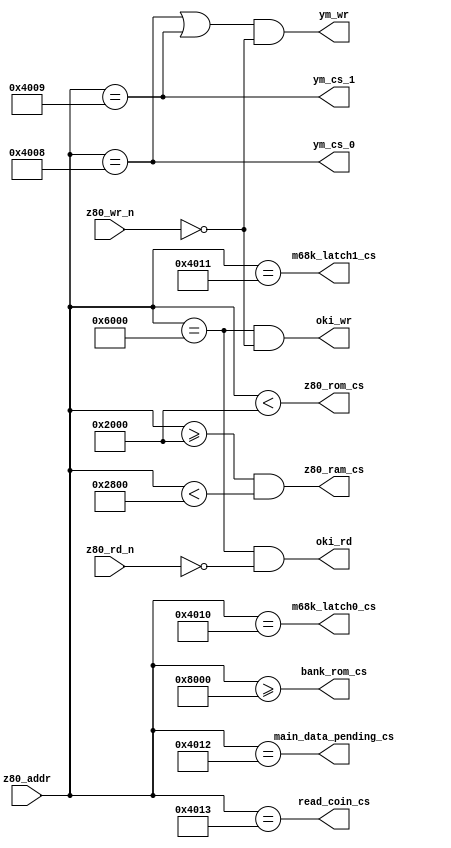
////////// Z80 CHIP SELECT /////////////////////////////////
//
//
module z80_cs 
(
    input [15:0]      z80_addr,
    input             z80_wr_n,
    input             z80_rd_n,

    output reg        z80_rom_cs,
    output reg        bank_rom_cs,
    output reg        z80_ram_cs,

    output reg        ym_cs_0,
    output reg        ym_cs_1,

    output reg        m68k_latch0_cs,
    output reg        m68k_latch1_cs,

    output reg        main_data_pending_cs,
    output reg        read_coin_cs,

    output reg        ym_wr,
    output reg        oki_wr,
    output reg        oki_rd
);

///////// z80 bus mapping  ////////////////////
//
// 0x0000, 0x1fff : rom (decrypted by sei80bu)
// 0x2000, 0x27ff : ram (2048) 8bits SRAM (rw)
// 0x4000, 0x4000 : pending data for 68k (w)
// 0x4001, 0x4001 : irq clear (wo) ?
// 0x4002, 0x4002 : rst10 ack (wo) ?
// 0x4003, 0x4003 : rst18 ack (wo) ?
// 0x4007, 0x4007 : switch bank (wo) 
// 0x4008, 0x4009 : ym3812 read / write  
// 0x4010, 0x4011 : 68k sound latch (ro) 
// 0x4012, 0x4012 : 68k data pending (ro) 
// 0x4013, 0x4013 : coin inserted (ro) 
// 0x4018, 0x4019 : z80 sound latch (wo)
// 0x401b, 0x401b : write coin inserted ? (wo) 
// 0x6000, 0x6000 : okim6295 (rw)
// 0x8000, 0xffff : bank rom data start (ro)
// if bank switch :
// 0x0000, 0x8000 : bank rom data (starting at 0x2000 from bank file) 
//

always @(*) begin
    // RAM & ROM
    z80_rom_cs = (z80_addr[15:0] < 16'h2000);
    z80_ram_cs = (z80_addr[15:0] >= 16'h2000 && z80_addr[15:0] < 16'h2800);
 
    // IO
    ym_cs_0 =  (z80_addr[15:0] == 16'h4008);
    ym_cs_1 =  (z80_addr[15:0] == 16'h4009);
    m68k_latch0_cs =  (z80_addr[15:0] == 16'h4010);
    m68k_latch1_cs =  (z80_addr[15:0] == 16'h4011);
    main_data_pending_cs =   (z80_addr[15:0] == 16'h4012);
    read_coin_cs =   (z80_addr[15:0] == 16'h4013);

    oki_rd = ((z80_addr[15:0] == 16'h6000) && (z80_rd_n == 1'b0));
    oki_wr = ((z80_addr[15:0] == 16'h6000) && (z80_wr_n == 1'b0));

    bank_rom_cs = (z80_addr[15:0] >= 16'h8000);
    ym_wr = ((z80_addr[15:0] == 16'h4008 || z80_addr[15:0] == 16'h4009)  && (z80_wr_n == 1'b0));
end 

endmodule